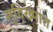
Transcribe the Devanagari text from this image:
सूविख्यात